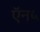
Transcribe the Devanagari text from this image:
ऍन५